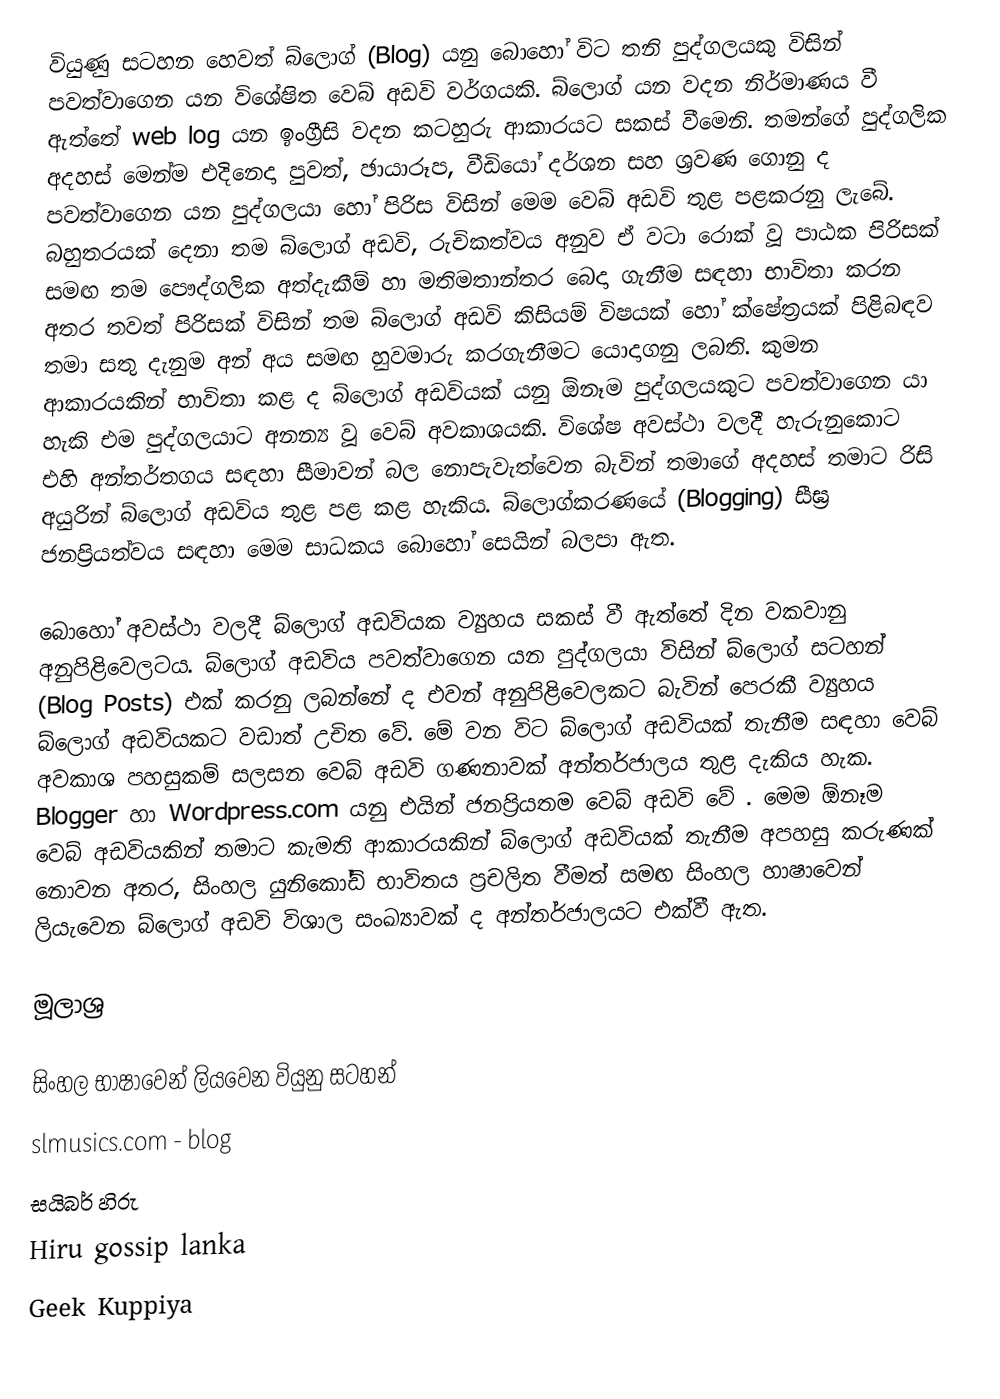
වියුණු සටහන හෙවත් බ්ලොග් (Blog) යනු බොහෝ විට තනි පුද්ගලයකු විසින් පවත්වාගෙන යන විශේෂිත වෙබ් අඩවි වර්ගයකි. බ්ලොග් යන වදන නිර්මාණය වී ඇත්තේ web log යන ඉංග්‍රීසි වදන කටහුරු ආකාරයට සකස් වීමෙනි. තමන්ගේ පුද්ගලික අදහස් මෙන්ම එදිනෙදා පුවත්, ඡායාරූප, වීඩියෝ දර්ශන සහ ශ්‍රවණ ගොනු ද පවත්වාගෙන යන පුද්ගලයා හෝ පිරිස විසින් මෙම වෙබ් අඩවි තුළ පළකරනු ලැබේ. බහුතරයක් දෙනා තම බ්ලොග් අඩවි, රුචිකත්වය අනුව ඒ වටා රොක් වූ පාඨක පිරිසක් සමඟ තම පෞද්ගලික අත්දැකීම් හා මතිමතාන්තර බෙදා ගැනීම සඳහා භාවිතා කරන අතර තවත් පිරිසක් විසින් තම බ්ලොග් අඩවි කිසියම් විෂයක් හෝ ක්ෂේත්‍රයක් පිළිබඳව තමා සතු දැනුම අන් අය සමඟ හුවමාරු කරගැනීමට යොදාගනු ලබති. කුමන ආකාරයකින් භාවිතා කළ ද බ්ලොග් අඩවියක් යනු ඕනෑම පුද්ගලයකුට පවත්වාගෙන යා හැකි එම පුද්ගලයාට අනන්‍ය වූ වෙබ් අවකාශයකි. විශේෂ අවස්ථා වලදී හැරුනුකොට එහි අන්තර්තගය සඳහා සීමාවන් බල නොපැවැත්වෙන බැවින් තමාගේ අදහස් තමාට රිසි අයුරින් බ්ලොග් අඩවිය තුළ පළ කළ හැකිය. බ්ලොග්කරණයේ (Blogging) සීඝ්‍ර ජනප්‍රියත්වය සඳහා මෙම සාධකය බොහෝ සෙයින් බලපා ඇත.

බොහෝ අවස්ථා වලදී බ්ලොග් අඩවියක ව්‍යුහය සකස් වී ඇත්තේ දින වකවානු අනුපිළිවෙලටය. බ්ලොග් අඩවිය පවත්වාගෙන යන පුද්ගලයා විසින් බ්ලොග් සටහන් (Blog Posts) එක් කරනු ලබන්නේ ද එවන් අනුපිළිවෙලකට බැවින් පෙරකී ව්‍යුහය බ්ලොග් අඩවියකට වඩාත් උචිත වේ. මේ වන විට බ්ලොග් අඩවියක් තැනීම සඳහා වෙබ් අවකාශ පහසුකම් සලසන වෙබ් අඩවි ගණනාවක් අන්තර්ජාලය තුළ දැකිය හැක. Blogger හා Wordpress.com යනු එයින් ජනප්‍රියතම වෙබ් අඩවි වේ . මෙම ඕනෑම වෙබ් අඩවියකින් තමාට කැමති ආකාරයකින් බ්ලොග් අඩවියක් තැනීම අපහසු කරුණක් නොවන අතර, සිංහල යුනිකෝඩ් භාවිතය ප්‍රචලිත වීමත් සමඟ සිංහල හාෂාවෙන් ලියැවෙන බ්ලොග් අඩවි විශාල සංඛ්‍යාවක් ද අන්තර්ජාලයට එක්වී ඇත.

මූලාශ්‍ර

සිංහල භාෂාවෙන් ලියවෙන වියුනු සටහන්
slmusics.com - blog
 සයිබර් හිරු
 Hiru gossip lanka
 Geek Kuppiya